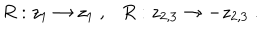
LaTeX: R : z _ { 1 } \rightarrow z _ { 1 } ~ , R : z _ { 2 , 3 } \rightarrow - z _ { 2 , 3 } ~ .